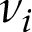
\nu _ { i }